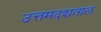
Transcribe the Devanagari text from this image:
उत्तमदशताल